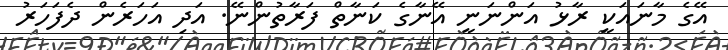
އޭގެ މާނައަކީ ރާޅު އަންނަނީ އޭނާގެ ކަނާތް ފަރާތުންނޭ. އަދި އަހަރެން ދެފަހަރު